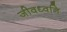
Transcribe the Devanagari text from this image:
जीवध्वनि